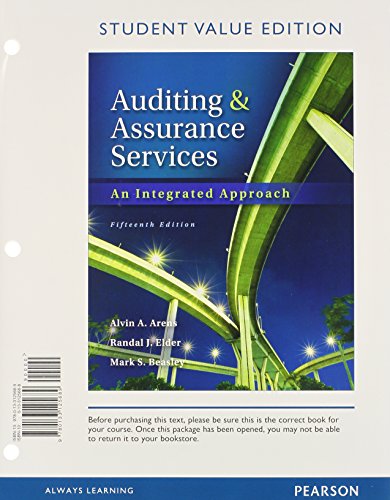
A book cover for Auditing and Assurance Services, Student Value Edition Plus NEW MyAccountingLab with Pearson eText -- Access Card Package (15th Edition); Alvin A. Arens; Business & Money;